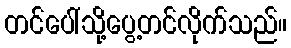
တင်ပေါ်သို့ပွေ့တင်လိုက်သည်။